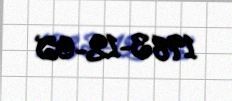
1983-12-05